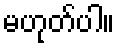
မဟုတ်ပါ။